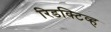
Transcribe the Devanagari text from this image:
रिडक्टिव्ह